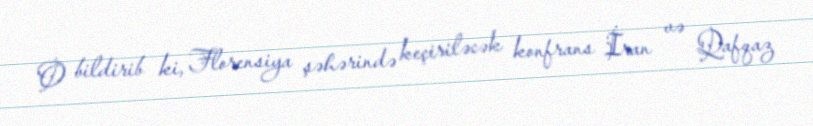
O bildirib ki, Florensiya şəhərində keçiriləcək konfrans İran və Qafqaz